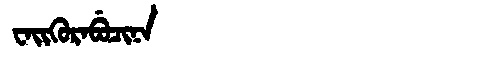
Manchu: ᠸᠠᡳᡴᡠᡵᠠᠪᡠᠴᡳᠨᠠ
Romanization: WAIKURABUCINA